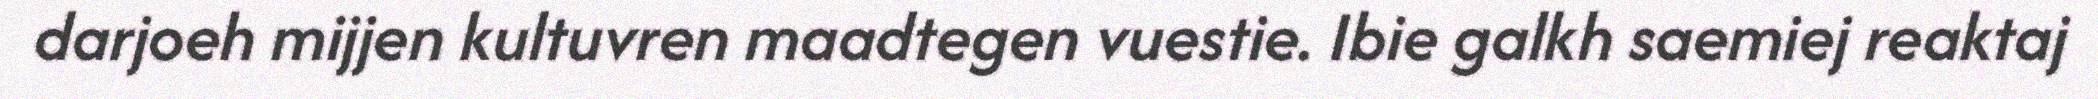
darjoeh mijjen kultuvren maadtegen vuestie. Ibie galkh saemiej reaktaj